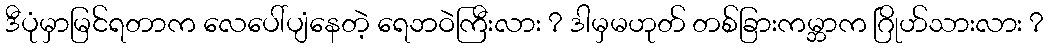
ဒီပုံမှာမြင်ရတာက လေပေါ်ပျံနေတဲ့ ရေဘဝဲကြီးလား ? ဒါမှမဟုတ် တစ်ခြားကမ္ဘာက ဂြိုဟ်သားလား ?